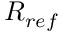
R _ { r e f }